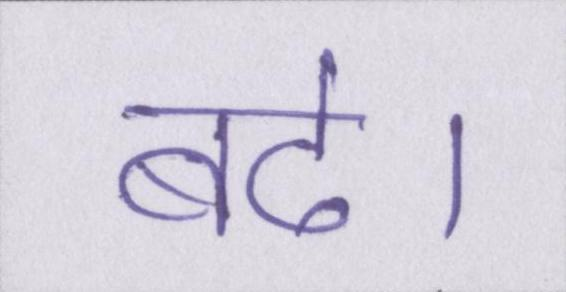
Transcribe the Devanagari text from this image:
बढे।